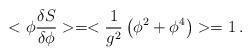
LaTeX: \begin{align*}<\phi {\delta S \over \delta \phi}> = < {1 \over g^2} \left(\phi^2 + \phi^4\right)> = 1 \,.\end{align*}